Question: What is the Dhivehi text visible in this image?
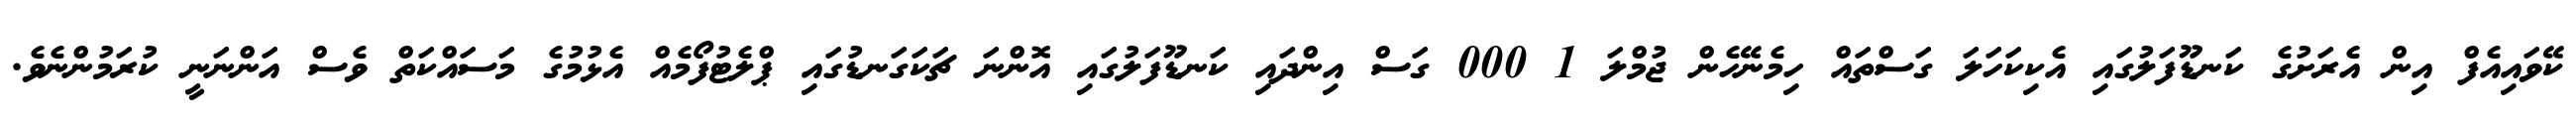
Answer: ކޭވައިއެފް އިން އެރަށުގެ ކަނޑޫފަލުގައި އެކިކަހަލަ ގަސްތައް ހިމެނޭހެން ޖުމްލަ 1 000 ގަސް އިންދައި ކަނޑޫފަލުގައި އޮންނަ ޗަކަގަނޑުގައި ޕްލެޓުފޯމެއް އެޅުމުގެ މަސައްކަތް ވެސް އަންނަނީ ކުރަމުންނެވެ.